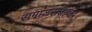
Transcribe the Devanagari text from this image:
समाजसत्तावाद